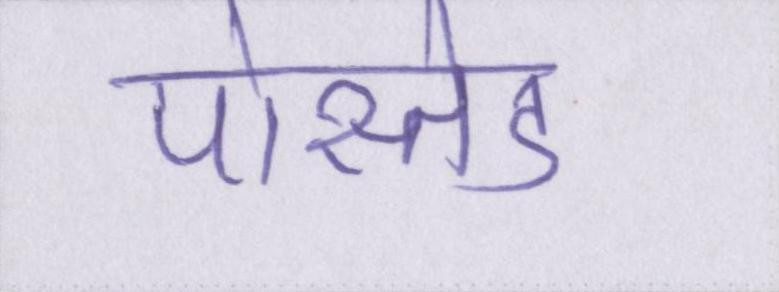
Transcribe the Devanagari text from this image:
पोस्तेड